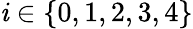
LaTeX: \mathit{i}\in\{ 0,1,2,3,4\}